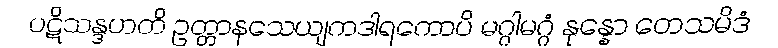
ပဋိသန္ဒဟတိ ဥတ္တာနသေယျကဒါရကောပိ မဂ္ဂါမဂ္ဂံ နုန္နော တေသမိဒံ